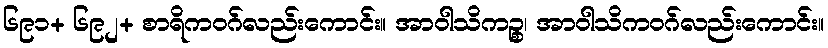
၆၉၁+ ၆၉၂+ စာရိကဝဂ်လည်းကောင်း။ အာဝါသိကဉ္စ၊ အာဝါသိကဝဂ်လည်းကောင်း။